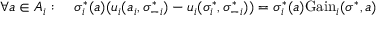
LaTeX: \forall a \in A _ { i } : \quad \sigma _ { i } ^ { * } ( a ) ( u _ { i } ( a _ { i } , \sigma _ { - i } ^ { * } ) - u _ { i } ( \sigma _ { i } ^ { * } , \sigma _ { - i } ^ { * } ) ) = \sigma _ { i } ^ { * } ( a ) { \mathrm { G a i n } } _ { i } ( \sigma ^ { * } , a )